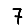
Digit: 7